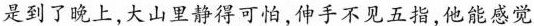
是到了晚上，大山里静得可怕，伸手不见五指，他能感觉